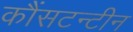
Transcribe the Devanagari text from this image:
कौंसटन्टीन